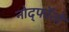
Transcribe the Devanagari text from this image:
नोर्द्फोतो